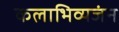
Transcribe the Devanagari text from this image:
कलाभिव्यजंन